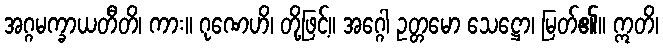
အဂ္ဂမက္ခာယတီတိ၊ ကား။ ဂုဏေဟိ၊ တို့ဖြင့်။ အဂ္ဂေါ ဥတ္တမော သေဋ္ဌော၊ မြတ်၏။ ဣတိ၊